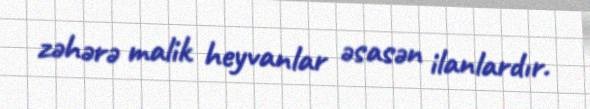
zəhərə malik heyvanlar əsasən ilanlardır.